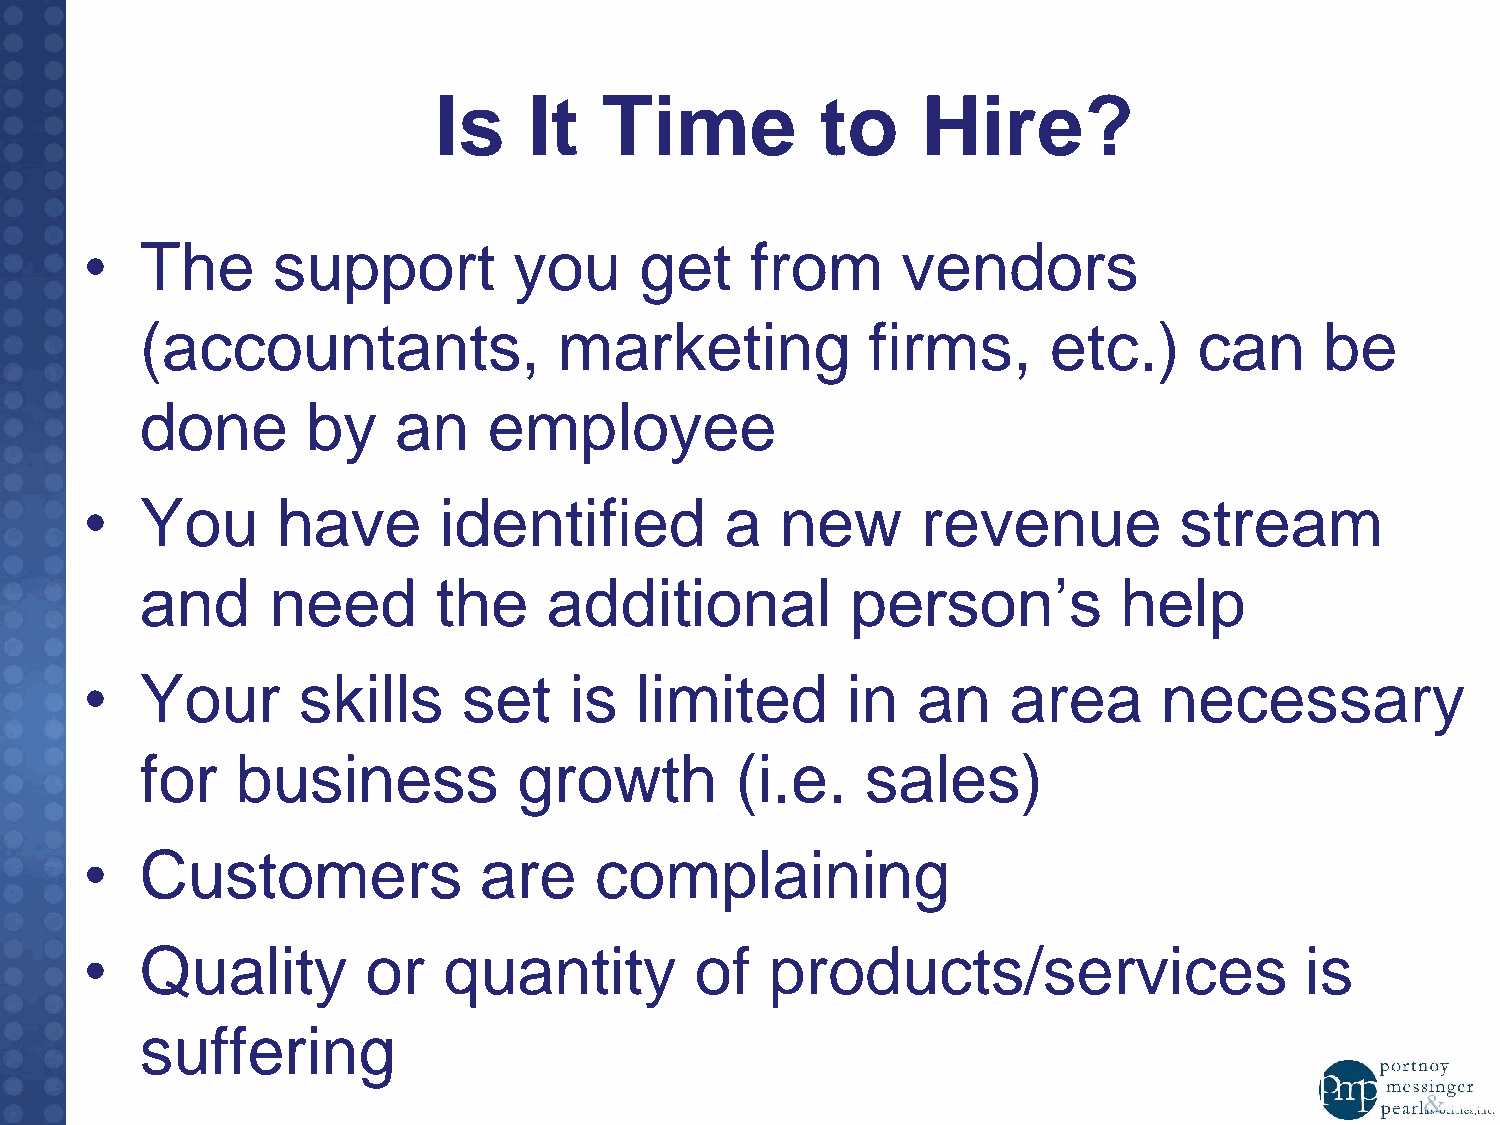
Is    It   Time          to     Hire?
 •  The      support         you     get     from      vendors
 (accountants,               marketing            firms,      etc.)    can      be
 done       by    an    employee
 •  You      have       identified         a   new      revenue          stream
 and      need       the    additional          person’s          help
 •  Your       skills     set    is  limited       in   an    area      necessary
 for    business          growth         (i.e.   sales)
 •  Customers              are    complaining
 •  Quality        or   quantity         of   products/services                  is
 suffering